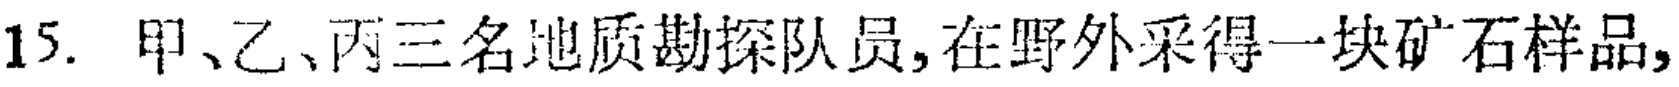
15. 甲、乙、丙三名地质勘探队员,在野外采得一块矿石样品,